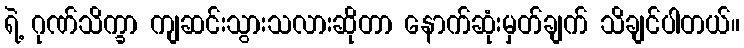
ရဲ့ ဂုဏ်သိက္ခာ ကျဆင်းသွားသလားဆိုတာ နောက်ဆုံးမှတ်ချက် သိချင်ပါတယ်။